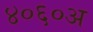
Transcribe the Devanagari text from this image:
४०६०अ